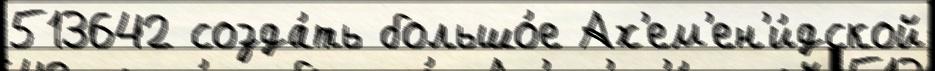
513642 созда́ть большо́е Ах'ем'ен'и́дской